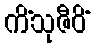
ကိံသုဇီဝိံ